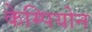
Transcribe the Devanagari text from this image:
केम्पियोन